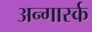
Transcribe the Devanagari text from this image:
अन्गार्स्क